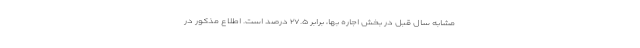
مشابه سال قبل در بخش اجاره بها، برابر ۲۷.۵ درصد است. اطلاع مذکور در